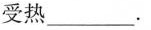
受热_____。